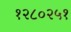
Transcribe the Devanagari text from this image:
१२८०२५१